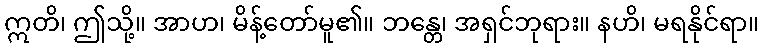
ဣတိ၊ ဤသို့။ အာဟ၊ မိန့်တော်မူ၏။ ဘန္တေ၊ အရှင်ဘုရား။ နဟိ၊ မရနိုင်ရာ။